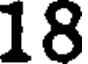
18